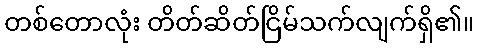
တစ်တောလုံး တိတ်ဆိတ်ငြိမ်သက်လျက်ရှိ၏။